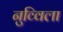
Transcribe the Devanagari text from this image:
नुव्विला